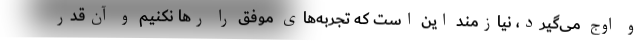
و اوج می‌گیرد، نیازمند این است که تجربه‌های موفق را رها نکنیم و آن‌قدر